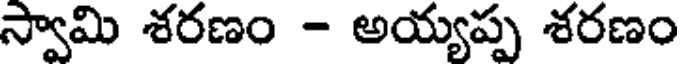
స్వామి శరణం - అయ్యప్ప శరణం